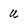
Character: u